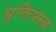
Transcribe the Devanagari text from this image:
युक्तिपरक